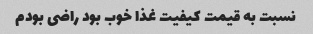
نسبت به قیمت کیفیت غذا خوب بود راضی بودم